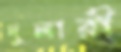
দুলারী